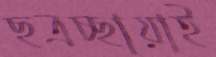
ছত্রচ্ছায়াই